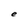
Character: e